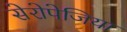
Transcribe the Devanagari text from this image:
सेरोपेजिया